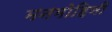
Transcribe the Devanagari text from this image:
मनमोहिनी